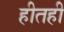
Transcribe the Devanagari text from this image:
हीतही